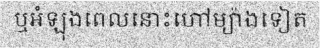
ឬអំឡុងពេលនោះហៅម្យ៉ាងទៀត